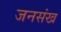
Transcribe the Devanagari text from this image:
जनसंख